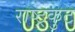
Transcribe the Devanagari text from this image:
राष्‍ट्रकुट